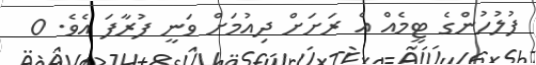
ފުލުހުންގެ ޓީމެއް އެ ރަށަށް ދިއުމަށް ވަނީ ފުރާފަ އެވެ. 0